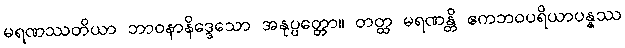
မရဏဿတိယာ ဘာဝနာနိဒ္ဒေသော အနုပ္ပတ္တော။ တတ္ထ မရဏန္တိ ဧကဘဝပရိယာပန္နဿ